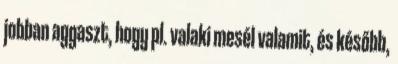
jobban aggaszt, hogy pl. valaki mesél valamit, és később,